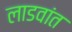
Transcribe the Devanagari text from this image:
लाडवांत